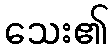
သေး၏